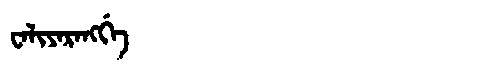
Manchu: ᠸᠠᠯᡳᠶᠠᡵᠠᠩᡤᡝ
Romanization: WALIYARANGGE